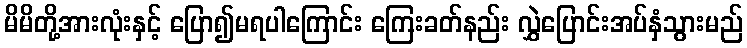
မိမိတို့အားလုံးနှင့် ပြော၍မရပါကြောင်း ကြေးခတ်နည်း လွှဲပြောင်းအပ်နှံသွားမည်